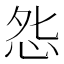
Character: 𭜥